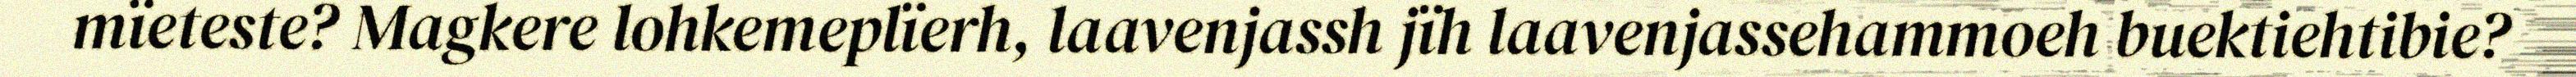
mïeteste? Magkere lohkemeplïerh, laavenjassh jïh laavenjassehammoeh buektiehtibie?